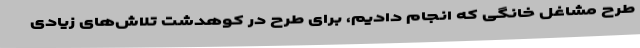
طرح مشاغل خانگی که انجام دادیم، برای طرح در کوهدشت تلاش‌های زیادی